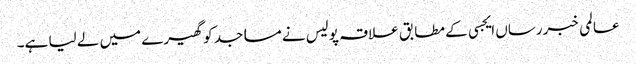
عالمی خبررساں ایجسی کے مطابق علاقہ پولیس نے مساجد کو گھیرے میں لے لیا ہے۔